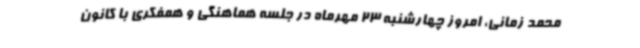
محمد زمانی، امروز چهارشنبه 23 مهرماه در جلسه هماهنگی و همفکری با کانون